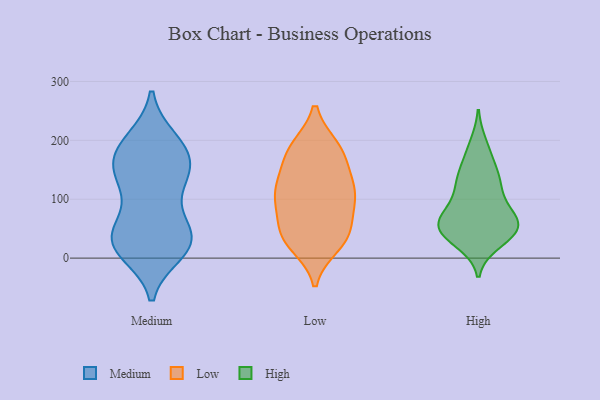
{"axis": {"x": "Demand Index", "y": "Value"}, "legend": ["High", "Low", "Medium"], "data": [{"x": "", "y": 195, "type": "Medium"}, {"x": "", "y": 124, "type": "Medium"}, {"x": "", "y": 120, "type": "Medium"}, {"x": "", "y": 30, "type": "Medium"}, {"x": "", "y": 68, "type": "Medium"}, {"x": "", "y": 21, "type": "Medium"}, {"x": "", "y": 181, "type": "Medium"}, {"x": "", "y": 11, "type": "Medium"}, {"x": "", "y": 42, "type": "Medium"}, {"x": "", "y": 189, "type": "Medium"}, {"x": "", "y": 23, "type": "Medium"}, {"x": "", "y": 19, "type": "Medium"}, {"x": "", "y": 41, "type": "Medium"}, {"x": "", "y": 200, "type": "Medium"}, {"x": "", "y": 153, "type": "Medium"}, {"x": "", "y": 158, "type": "Medium"}, {"x": "", "y": 35, "type": "Medium"}, {"x": "", "y": 157, "type": "Medium"}, {"x": "", "y": 142, "type": "Medium"}, {"x": "", "y": 188, "type": "Low"}, {"x": "", "y": 187, "type": "Low"}, {"x": "", "y": 152, "type": "Low"}, {"x": "", "y": 22, "type": "Low"}, {"x": "", "y": 110, "type": "Low"}, {"x": "", "y": 95, "type": "Low"}, {"x": "", "y": 167, "type": "Low"}, {"x": "", "y": 107, "type": "Low"}, {"x": "", "y": 32, "type": "Low"}, {"x": "", "y": 115, "type": "Low"}, {"x": "", "y": 188, "type": "Low"}, {"x": "", "y": 125, "type": "Low"}, {"x": "", "y": 60, "type": "Low"}, {"x": "", "y": 37, "type": "Low"}, {"x": "", "y": 102, "type": "Low"}, {"x": "", "y": 32, "type": "Low"}, {"x": "", "y": 53, "type": "Low"}, {"x": "", "y": 56, "type": "High"}, {"x": "", "y": 177, "type": "High"}, {"x": "", "y": 135, "type": "High"}, {"x": "", "y": 79, "type": "High"}, {"x": "", "y": 134, "type": "High"}, {"x": "", "y": 142, "type": "High"}, {"x": "", "y": 73, "type": "High"}, {"x": "", "y": 61, "type": "High"}, {"x": "", "y": 192, "type": "High"}, {"x": "", "y": 59, "type": "High"}, {"x": "", "y": 40, "type": "High"}, {"x": "", "y": 44, "type": "High"}, {"x": "", "y": 28, "type": "High"}, {"x": "", "y": 43, "type": "High"}, {"x": "", "y": 65, "type": "High"}, {"x": "", "y": 43, "type": "High"}, {"x": "", "y": 122, "type": "High"}, {"x": "", "y": 104, "type": "High"}]}